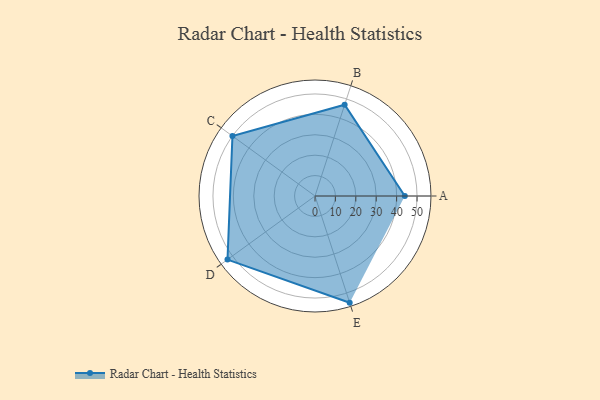
{"axis": {"x": "Skill", "y": "Score"}, "legend": ["Profile"], "data": [{"x": "A", "y": 44.0, "type": "Profile"}, {"x": "B", "y": 47.0, "type": "Profile"}, {"x": "C", "y": 50.0, "type": "Profile"}, {"x": "D", "y": 53.0, "type": "Profile"}, {"x": "E", "y": 55.0, "type": "Profile"}]}